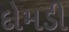
દોમડી